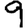
Digit: 9